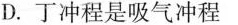
D.丁冲程是吸气冲程